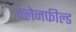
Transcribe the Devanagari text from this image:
क्लेनफील्ड